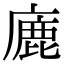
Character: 廘